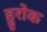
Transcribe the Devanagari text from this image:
हुरोक